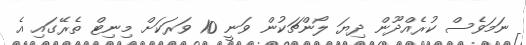
ނަމަވެސް ކުރެއްދޫން ދިޔަ ލޯންޗަކުން ވަނީ 10 ވަރަކަށް މިނިޓް ތެރޭގައި އެ